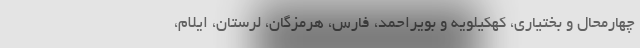
چهارمحال و بختیاری، کهکیلویه و بویراحمد، فارس، هرمزگان، لرستان، ایلام،